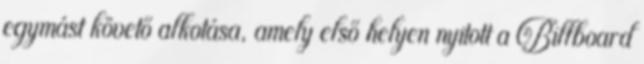
egymást követő alkotása, amely első helyen nyitott a Billboard